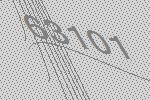
63101